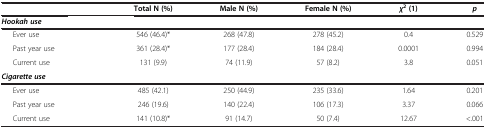
<table><thead><tr><td><b> </b></td><td><b> </b></td><td><b>Total N (%)</b></td><td><b>Male N (%)</b></td><td><b>Female N (%)</b></td><td><b><i>χ</i><sup>2</sup>(1)</b></td><td><b><i>p</i></b></td></tr><tr><td colspan="2"><b><i>Hookah use</i></b></td><td><b> </b></td><td><b> </b></td><td><b> </b></td><td><b> </b></td><td><b> </b></td></tr></thead><tbody><tr><td> </td><td>Ever use</td><td>546 (46.4)*</td><td>268 (47.8)</td><td>278 (45.2)</td><td>0.4</td><td>0.529</td></tr><tr><td> </td><td>Past year use</td><td>361 (28.4)*</td><td>177 (28.4)</td><td>184 (28.4)</td><td>0.0001</td><td>0.994</td></tr><tr><td> </td><td>Current use</td><td>131 (9.9)</td><td>74 (11.9)</td><td>57 (8.2)</td><td>3.8</td><td>0.051</td></tr><tr><td colspan="2"><b><i>Cigarette use</i></b></td><td> </td><td> </td><td> </td><td> </td><td> </td></tr><tr><td> </td><td>Ever use</td><td>485 (42.1)</td><td>250 (44.9)</td><td>235 (33.6)</td><td>1.64</td><td>0.201</td></tr><tr><td> </td><td>Past year use</td><td>246 (19.6)</td><td>140 (22.4)</td><td>106 (17.3)</td><td>3.37</td><td>0.066</td></tr><tr><td> </td><td>Current use</td><td>141 (10.8)*</td><td>91 (14.7)</td><td>50 (7.4)</td><td>12.67</td><td>&lt;.001</td></tr></tbody></table>